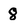
Character: 8